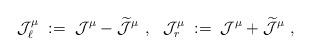
LaTeX: \begin{align*}{\mathcal J}_\ell^\mu \;:=\; {\mathcal J}^\mu - \widetilde{{\mathcal J}}^\mu~,~~{\mathcal J}_r^\mu \;:=\; {\mathcal J}^\mu + \widetilde{{\mathcal J}}^\mu~, \end{align*}